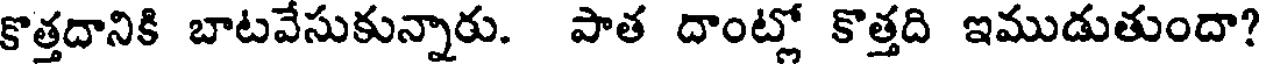
కొత్తదానికి బాటవేసుకున్నారు. పాత దాంట్లో కొత్తది ఇముడుతుందా?